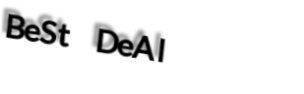
BeSt DeAl